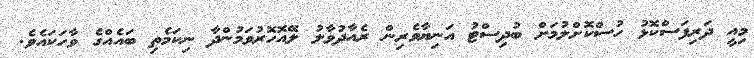
މިއީ ދަރިފަސްކޮޅު ހުސްކޮށްލުމަށް ބުދިސްޓު އަނިޔާވެރިން ރެއާދުވާލު ލޭއޮހޮރުވަމުންދާ ނިކަމެތި ބައެއްގެ ވާހަކައެވެ.